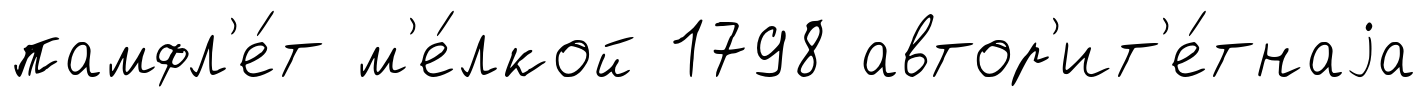
памфл'е́т м'е́лкой 1798 автор'ит'е́тнаjа